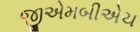
જીએમબીએચ